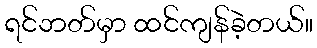
ရင်ဘတ်မှာ ထင်ကျန်ခဲ့တယ်။